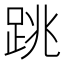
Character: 跳